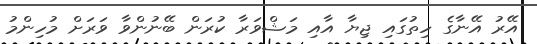
އޭރު އޭނާގެ ހިތުގައި ޖިޔާ އާއި މަޝްވަރާ ކުރަން ބޭނުންވާ ވަރަށް މުހިންމު